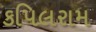
કપિલરામ